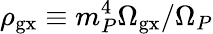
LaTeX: \rho_{\mathrm{gx}}\equiv m_{P}^{4}\Omega_{\mathrm{gx}}/\Omega_{P}